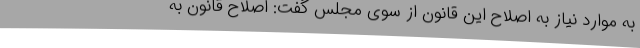
به موارد نیاز به اصلاح این قانون از سوی مجلس گفت: اصلاح قانون به